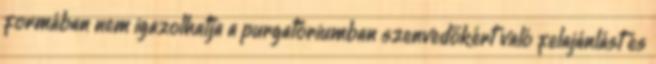
formában nem igazolhatja a purgatóriumban szenvedőkért való felajánlást és